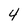
Character: 4